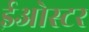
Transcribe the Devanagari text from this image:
ईओस्टर